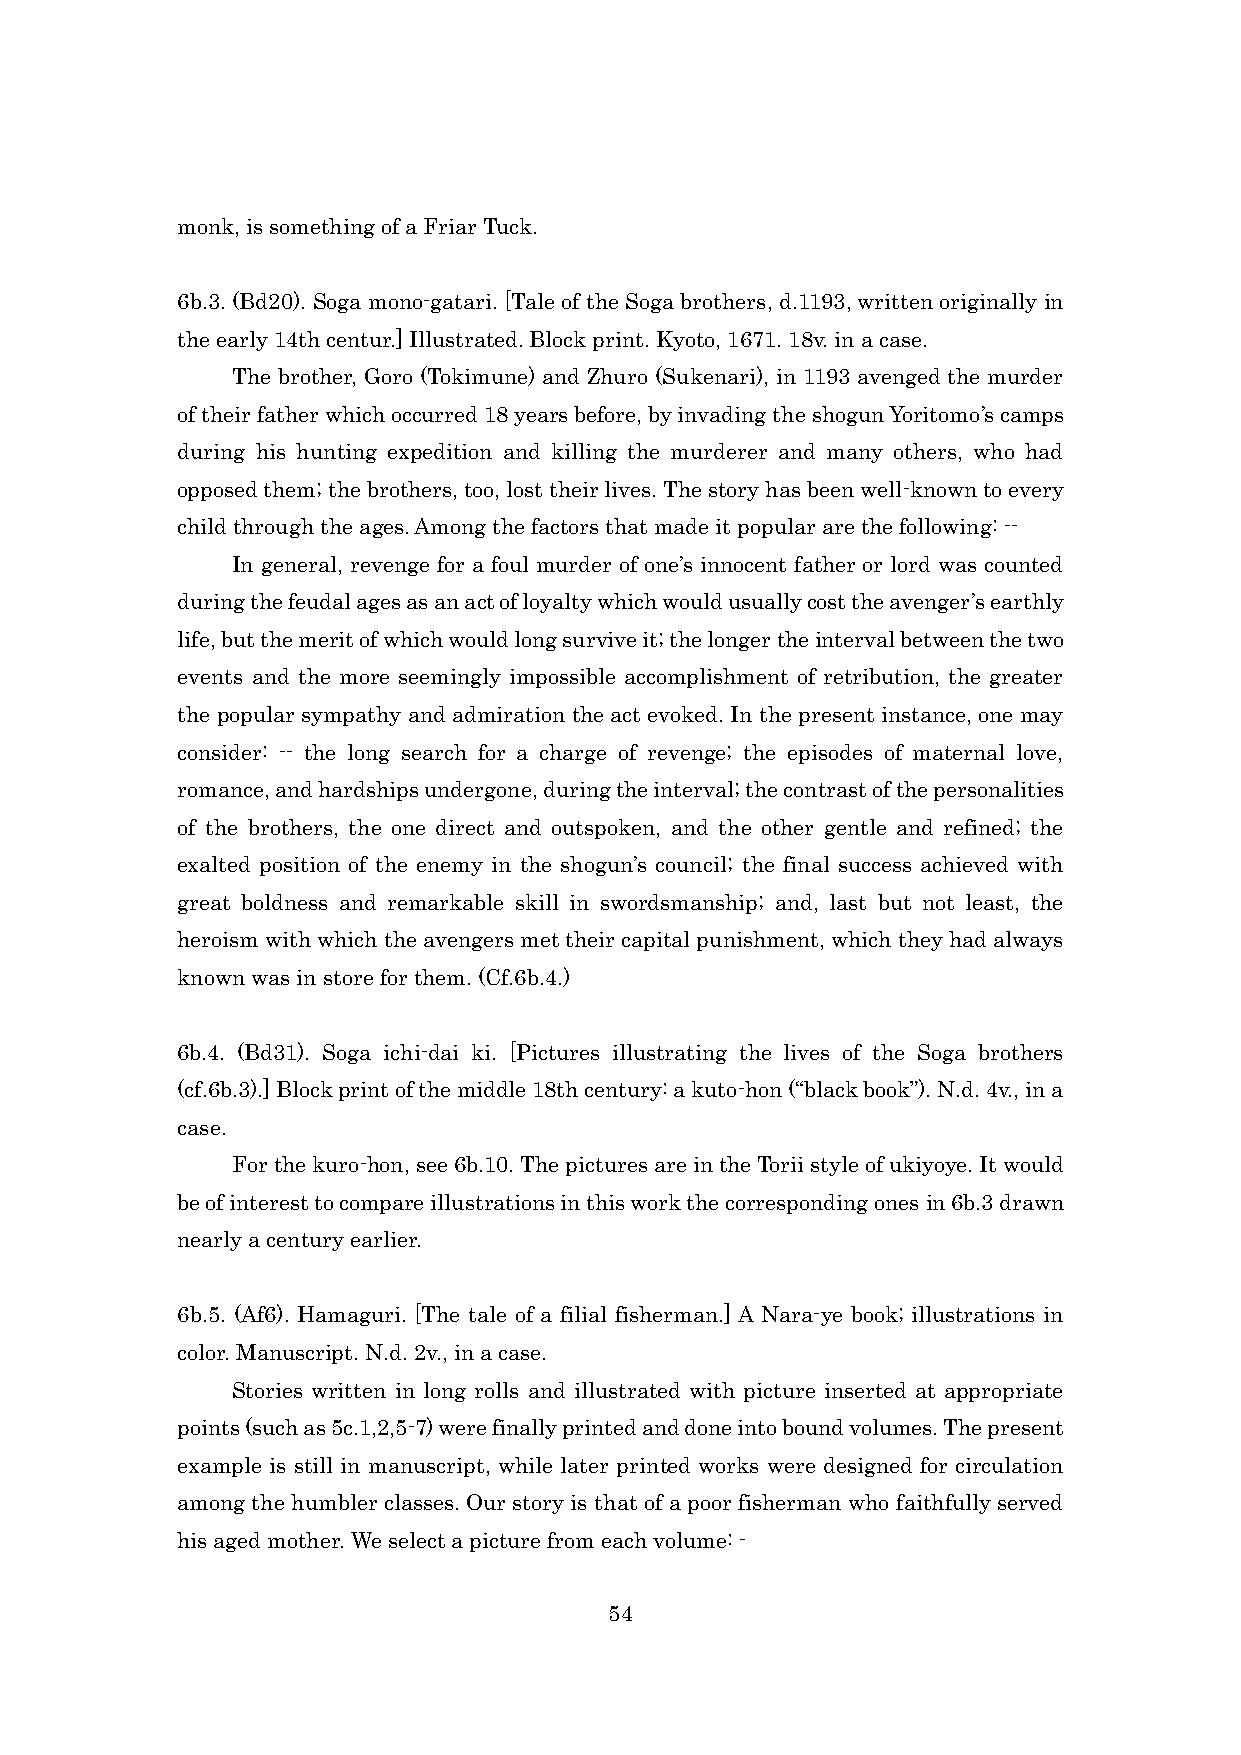
monk, is something of a Friar Tuck.
 6b.3. (Bd20). Soga mono-gatari. [Tale of the Soga brothers, d.1193, written originally in
 the early 14th centur.] Illustrated. Block print. Kyoto, 1671. 18v. in a case.
 The brother, Goro (Tokimune) and Zhuro (Sukenari), in 1193 avenged the murder
 of their father which occurred 18 years before, by invading the shogun Yoritomo’s camps
 during his hunting expedition and killing the murderer and many others, who had
 opposed them; the brothers, too, lost their lives. The story has been well-known to every
 child through the ages. Among the factors that made it popular are the following: --
 In general, revenge for a foul murder of one’s innocent father or lord was counted
 during the feudal ages as an act of loyalty which would usually cost the avenger’s earthly
 life, but the merit of which would long survive it; the longer the interval between the two
 events and the more seemingly impossible accomplishment of retribution, the greater
 the popular sympathy and admiration the act evoked. In the present instance, one may
 consider: -- the long search for a charge of revenge; the episodes of maternal love,
 romance, and hardships undergone, during the interval; the contrast of the personalities
 of the brothers, the one direct and outspoken, and the other gentle and refined; the
 exalted position of the enemy in the shogun’s council; the final success achieved with
 great boldness and remarkable skill in swordsmanship; and, last but not least, the
 heroism with which the avengers met their capital punishment, which they had always
 known was in store for them. (Cf.6b.4.)
 6b.4. (Bd31). Soga ichi-dai ki. [Pictures illustrating the lives of the Soga brothers
 (cf.6b.3).] Block print of the middle 18th century: a kuto-hon (“black book”). N.d. 4v., in a
 case.
 For the kuro-hon, see 6b.10. The pictures are in the Torii style of ukiyoye. It would
 be of interest to compare illustrations in this work the corresponding ones in 6b.3 drawn
 nearly a century earlier.
 6b.5. (Af6). Hamaguri. [The tale of a filial fisherman.] A Nara-ye book; illustrations in
 color. Manuscript. N.d. 2v., in a case.
 Stories written in long rolls and illustrated with picture inserted at appropriate
 points (such as 5c.1,2,5-7) were finally printed and done into bound volumes. The present
 example is still in manuscript, while later printed works were designed for circulation
 among the humbler classes. Our story is that of a poor fisherman who faithfully served
 his aged mother. We select a picture from each volume: -
 54